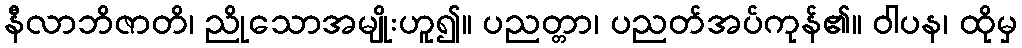
နီလာဘိဇာတိ၊ ညိုသောအမျိုးဟူ၍။ ပညတ္တာ၊ ပညတ်အပ်ကုန်၏။ ဝါပန၊ ထိုမှ